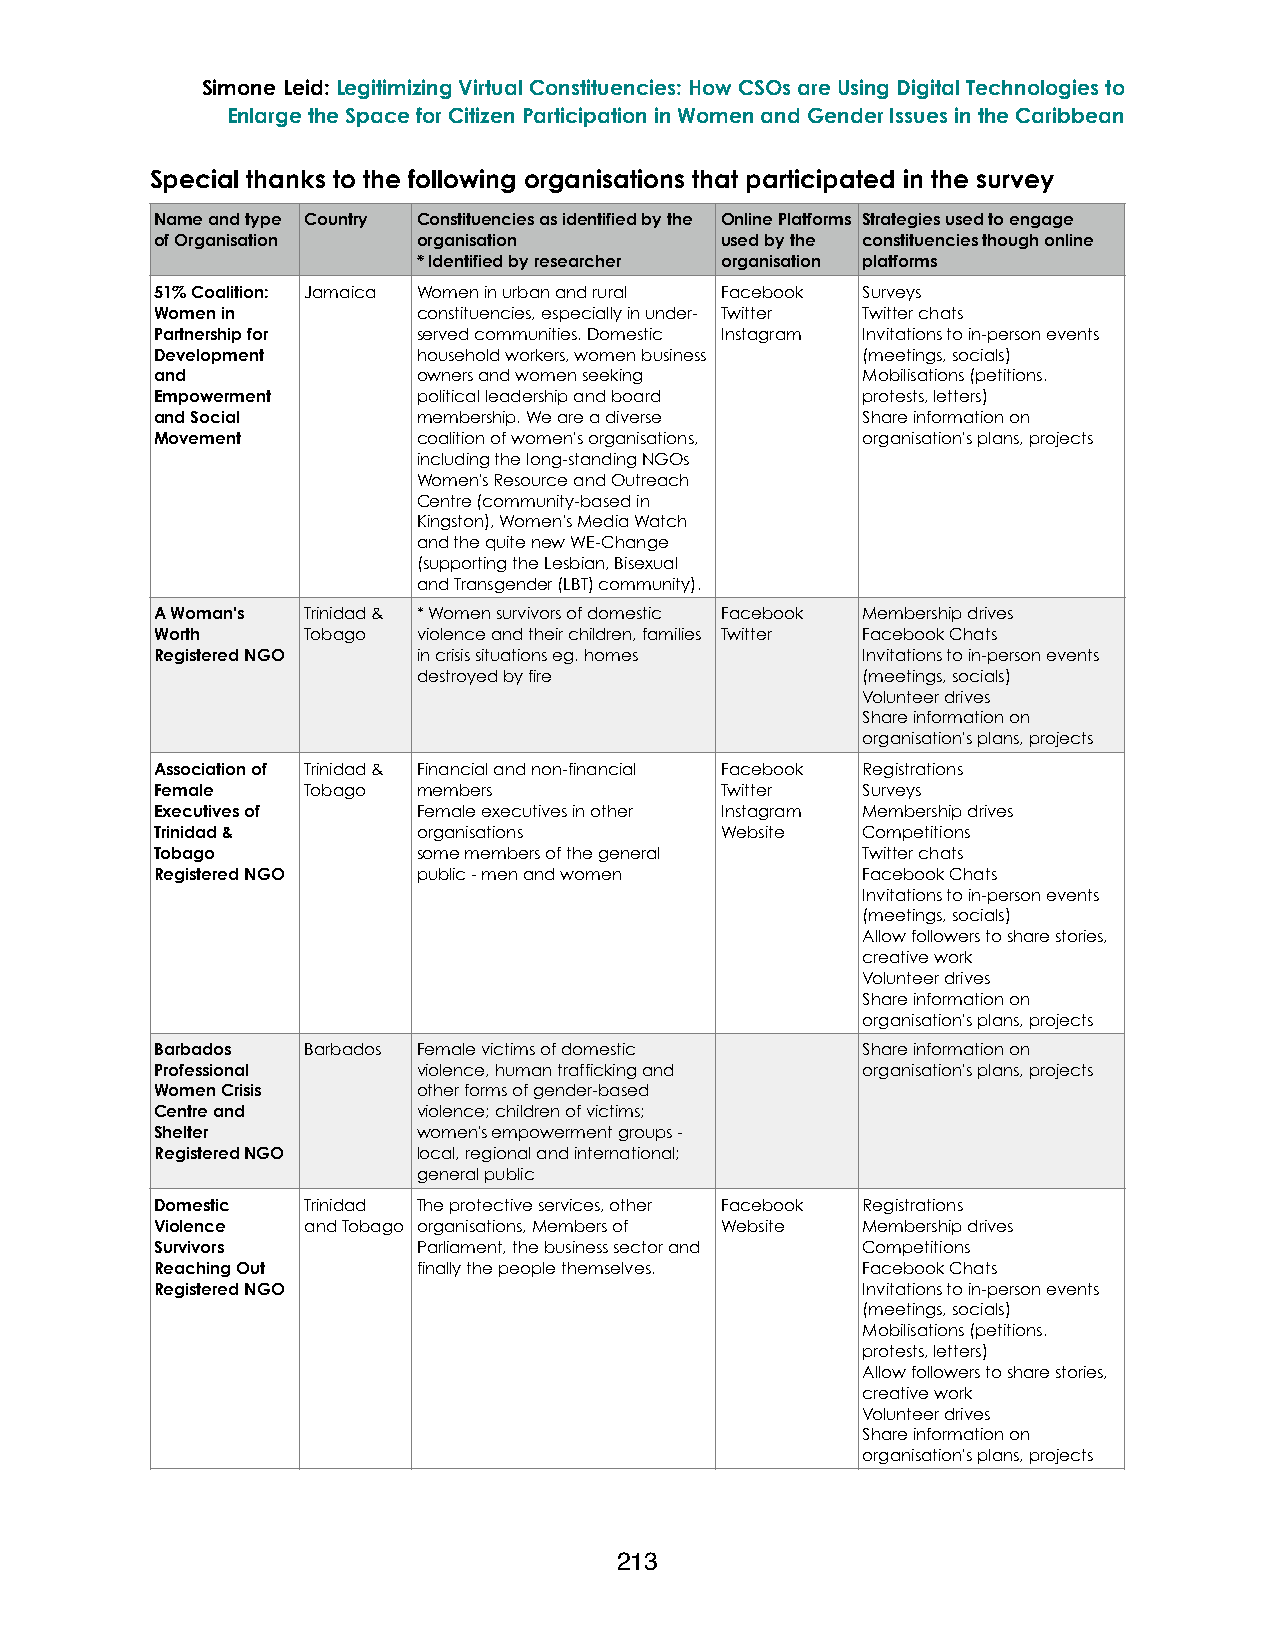
Simone Leid: Legitimizing Virtual Constituencies: How CSOs are Using Digital Technologies to
 Enlarge the Space for Citizen Participation in Women and Gender Issues in the Caribbean
 Special thanks to the following organisations that participated in the survey
 Name and type Country Constituencies as identified by the Online Platforms Strategies used to engage
 of Organisation   organisation        used by the constituencies though online
 * Identified by researcher organisation platforms
 51% Coalition: Jamaica Women in urban and rural Facebook Surveys
 Women in          constituencies, especially in under- Twitter Twitter chats
 Partnership for   served communities. Domestic Instagram Invitations to in-person events
 Development       household workers, women business (meetings, socials)
 and               owners and women seeking     Mobilisations (petitions.
 Empowerment       political leadership and board protests, letters)
 and Social        membership. We are a diverse Share information on
 Movement          coalition of women's organisations, organisation's plans, projects
 including the long-standing NGOs
 Women's Resource and Outreach
 Centre (community-based in
 Kingston), Women's Media Watch
 and the quite new WE-Change
 (supporting the Lesbian, Bisexual
 and Transgender (LBT) community).
 A Woman's Trinidad & * Women survivors of domestic Facebook Membership drives
 Worth     Tobago  violence and their children, families Twitter Facebook Chats
 Registered NGO    in crisis situations eg. homes Invitations to in-person events
 destroyed by fire            (meetings, socials)
 Volunteer drives
 Share information on
 organisation's plans, projects
 Association of Trinidad & Financial and non-financial Facebook Registrations
 Female    Tobago  members             Twitter  Surveys
 Executives of     Female executives in other Instagram Membership drives
 Trinidad &        organisations       Website  Competitions
 Tobago            some members of the general  Twitter chats
 Registered NGO    public - men and women       Facebook Chats
 Invitations to in-person events
 (meetings, socials)
 Allow followers to share stories,
 creative work
 Volunteer drives
 Share information on
 organisation's plans, projects
 Barbados  Barbados Female victims of domestic  Share information on
 Professional      violence, human trafficking and organisation's plans, projects
 Women Crisis      other forms of gender-based
 Centre and        violence; children of victims;
 Shelter           women's empowerment groups -
 Registered NGO    local, regional and international;
 general public
 Domestic  Trinidad The protective services, other Facebook Registrations
 Violence  and Tobago organisations, Members of Website Membership drives
 Survivors         Parliament, the business sector and Competitions
 Reaching Out      finally the people themselves. Facebook Chats
 Registered NGO                                 Invitations to in-person events
 (meetings, socials)
 Mobilisations (petitions.
 protests, letters)
 Allow followers to share stories,
 creative work
 Volunteer drives
 Share information on
 organisation's plans, projects
 213